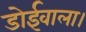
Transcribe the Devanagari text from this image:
डोईवाला।